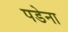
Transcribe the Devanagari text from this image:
पडेना